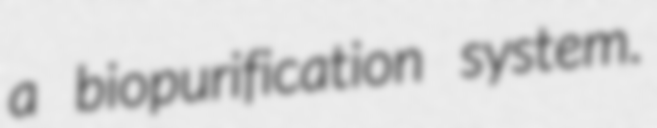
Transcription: a biopurification system.